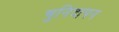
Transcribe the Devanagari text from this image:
चुनिंदापन